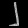
Digit: ၂